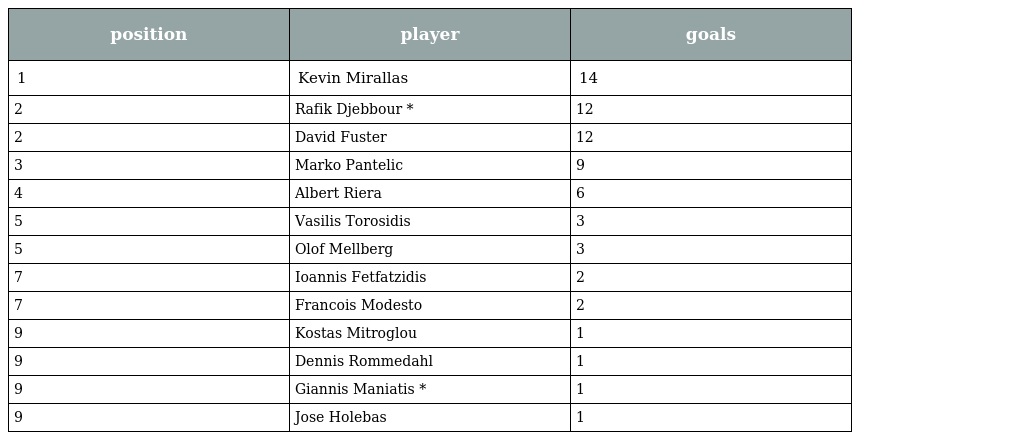
| position | player | goals |
 | --- | --- | --- |
 | 1 | Kevin Mirallas | 14 |
 | 2 | Rafik Djebbour * | 12 |
 | 2 | David Fuster | 12 |
 | 3 | Marko Pantelic | 9 |
 | 4 | Albert Riera | 6 |
 | 5 | Vasilis Torosidis | 3 |
 | 5 | Olof Mellberg | 3 |
 | 7 | Ioannis Fetfatzidis | 2 |
 | 7 | Francois Modesto | 2 |
 | 9 | Kostas Mitroglou | 1 |
 | 9 | Dennis Rommedahl | 1 |
 | 9 | Giannis Maniatis * | 1 |
 | 9 | Jose Holebas | 1 |